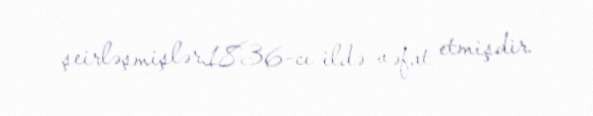
şeirləşmişlər.1836-cı ildə vəfat etmişdir.